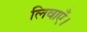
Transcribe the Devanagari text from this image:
लिवाएँ।